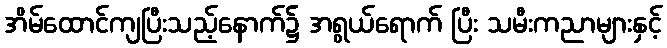
အိမ်ထောင်ကျပြီးသည့်နောက်၌ အရွယ်ရောက် ပြီး သမီးကညာများနှင့်